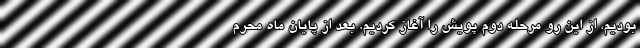
بودیم، از این رو مرحله دوم پویش را آغاز کردیم. بعد از پایان ماه محرم